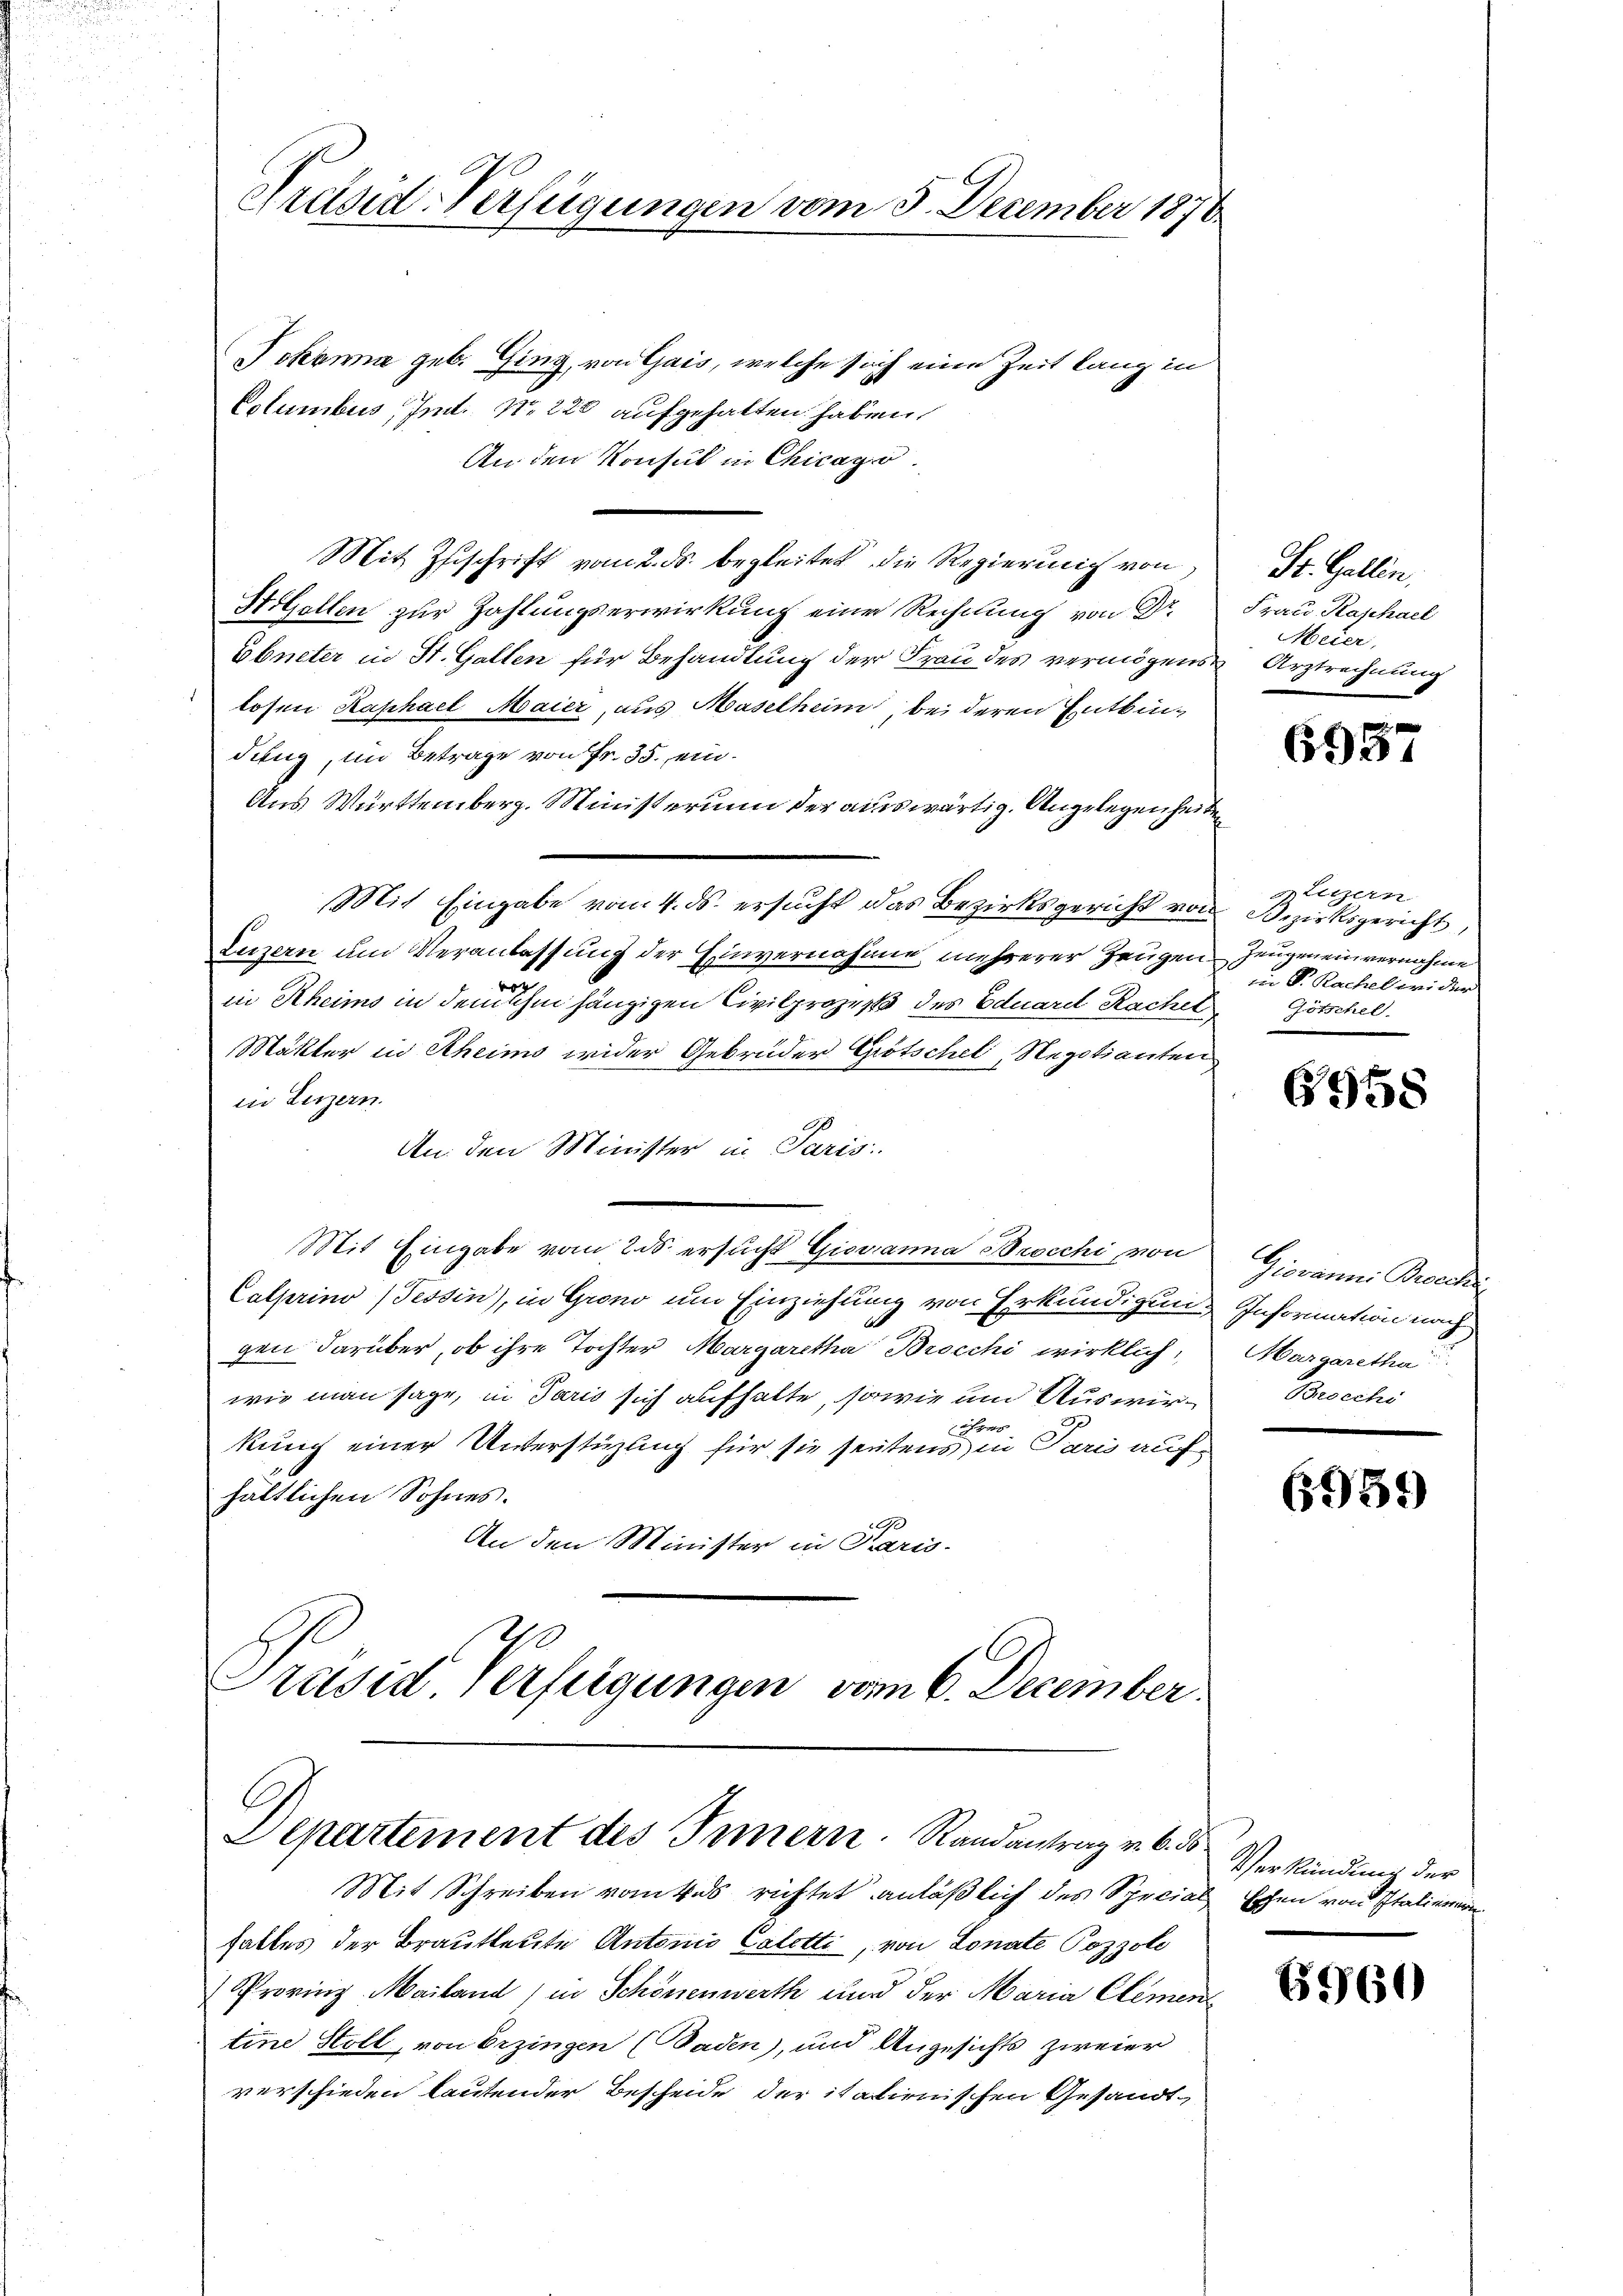
Präsid-Verfügungen vom 3. December 1870

Johanna geb. Ging, von Gais, welche sich eine Zeit lang in
Columbus Imt. No 228 aufgehalten haben.
An den Konsul in Chicago
Mit Zuschrift vom 2. ds. begleitet die Regierung von
Stolzellen zur Zahlungserwirkung eine Rechnung von Dr
Ebneter in St. Gallen für Behandlung der Frau des vermögens Arztrechnung
losen Raphael Maier, aus Maselheim, bei deren Entbindung, im Betrage von Fr. 35. ein¬
Aus Württemberg. Ministerium der auswärtig. Angelegenheiten
Mit Eingabe vom 4. ds. ersucht das Bezirksgericht von Bezirksgericht,
Luzern um Veranlassung der Einvernahme mehrerer Zeugen Zeugen einvernahme
in Rheims in dem ihm hängigen Civilprozeß des Eduard Racher Götschel
Mäkler in Scheims wider Gebrüder Grötschel, Negotianten
in Luzern.
An den Minister in Paris
Mit Eingabe vom 20. ersucht Giovanna Brocchi von
Calprino (Tessin, in Grono um Einziehung von Erkundigung Information nach
gen darüber, ob ihre Tochter Margaretha Brocchi wirklich,
wie man sage, in Paris sich aufhalte, sowie um Auswirh
kung einer Unterstüzung für sie heutens in Paris auf
hältlichen Sohnes.
An den Minister in Paris.
Präsid Verfügungen vom 6. December.

Departement des Innern. Randantrag v. 6. d.

Mit Schreiben vom Vas richtet anläßlich des Special Eschen von Italiener
haltes der Brautleute Antonio Caletti, von Lonate Pozzole
Provinz Mailand, in Schönenwerth und der Maria Clement
tine Stoll, von Erzingen (Baden), und Angesichts zweier
verschieden lautender Bescheide der italienischen Gesandt-

St. Gallen.
Frau Kaschael
Meier,

6957

plitzern
in P. Rachel wider

6958

Giovanni Broschi
Margaretha
Beocchi

6951)

Verkündung der

6960